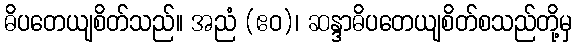
ဓိပတေယျစိတ်သည်။ အညံ (ဧဝ)၊ ဆန္ဒာဓိပတေယျစိတ်စသည်တို့မှ